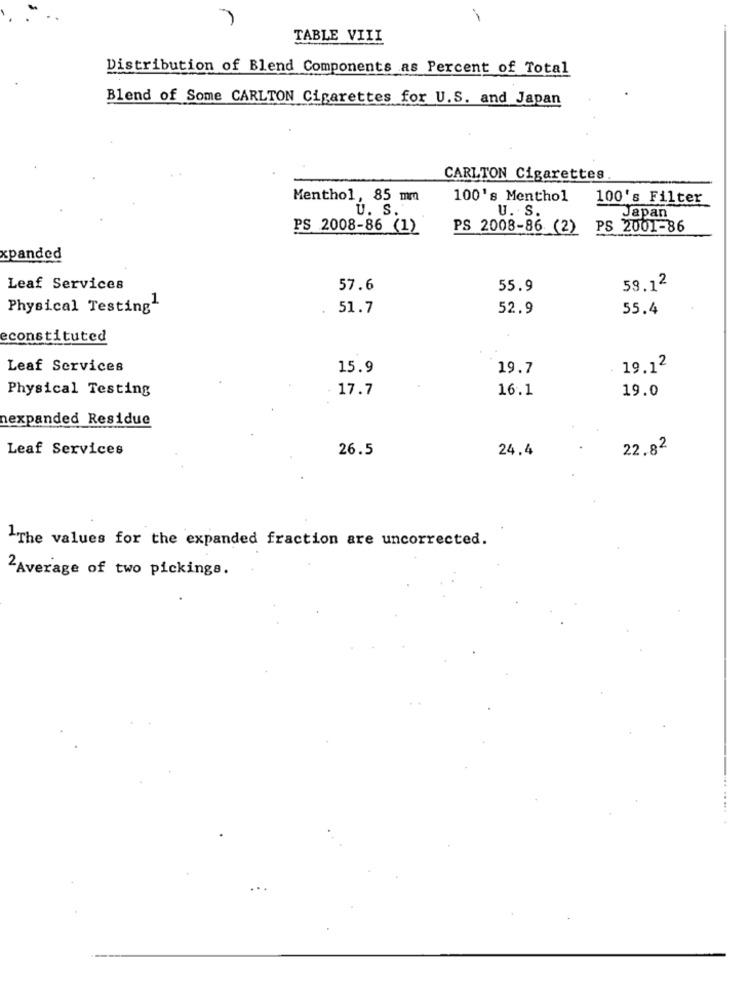
TABLE VIII
Distribution of Blend Components as Percent of Total
Blend of Some CARLTON Cigarettes for U.S. and Japan
CARLTON Cigarettes
Menthol, 85 mm
100's Menthol
100's Filter
U. S.
U. S.
Japan
PS 2008-86 (1)
PS 2008-86 (2)
PS 2001-86
xpanded
Leaf Services
57.6
55.9
59.12
Physical Testing1
. 51.7
52.9
55.4
econstituted
Leaf Services
15.9
19.7
19.12
Physical Testing
17.7
16.1
19.0
nexpanded Residue
Leaf Services
26.5
24.4
22.82
The values for the expanded fraction are uncorrected.
2Average of two pickinga.